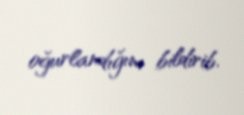
oğurlandığını bildirib.